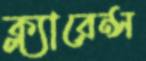
ক্ল্যারেন্স